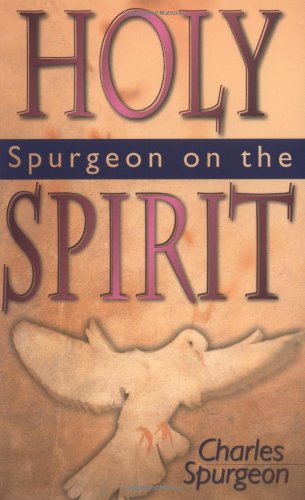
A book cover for Spurgeon On The Holy Spirit; C H Spurgeon; Christian Books & Bibles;